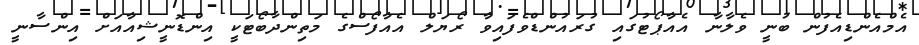
އެމްއެންޑިއެފުން ބުނީ ވެލާނާ އެއާޕޯޓުގައި ގުރައުންޑްވެފައިވާ ރޯޔަލް އެއާފޯސްގެ މަތިންދާބޯޓަކީ އިންޑޮނީޝިއާއަށް އިންސާނީ